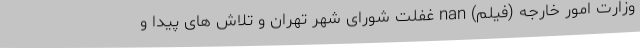
وزارت امور خارجه (فیلم) nan غفلت شورای شهر تهران و تلاش های پیدا و